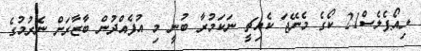
ލިއޯޕެލެސް21 ކޯގެ މެނޭޖަ ކެއިޗީ ނަކަމުރާ ބުނީ މި އުފެއްދުން ބާޒާރަށް ނެރުމުގެ